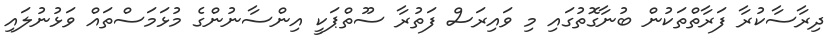
ދިރާސާކުރާ ފަރާތްތަކުން ބުނާގޮތުގައި މި ވައިރަސް ފަތުރާ ސޫތްޕަކީ އިންސާނުންގެ މުޅަމަސްތައް ވަޅުނުލައި